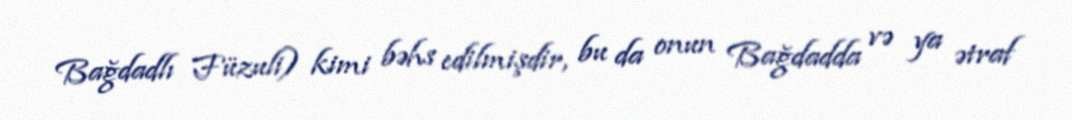
Bağdadlı Füzuli) kimi bəhs edilmişdir, bu da onun Bağdadda və ya ətraf